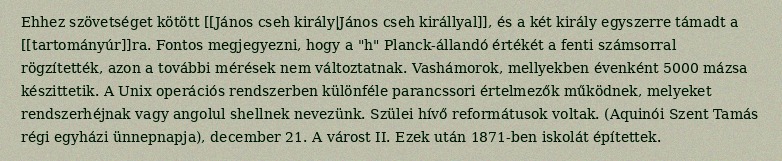
Ehhez szövetséget kötött [[János cseh király|János cseh királlyal]], és a két király egyszerre támadt a [[tartományúr]]ra. Fontos megjegyezni, hogy a "h" Planck-állandó értékét a fenti számsorral rögzítették, azon a további mérések nem változtatnak. Vashámorok, mellyekben évenként 5000 mázsa készittetik. A Unix operációs rendszerben különféle parancssori értelmezők működnek, melyeket rendszerhéjnak vagy angolul shellnek nevezünk. Szülei hívő reformátusok voltak. (Aquinói Szent Tamás régi egyházi ünnepnapja), december 21. A várost II. Ezek után 1871-ben iskolát építettek.